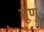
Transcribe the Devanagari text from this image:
मूणु